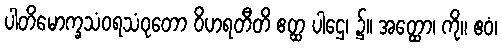
ပါတိမောက္ခသံဝရသံဝုတော ဝိဟရတီတိ ဧတ္ထ ပါဌေ၊ ၌။ အတ္ထော၊ ကို။ ဧဝံ၊